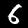
Digit: 6